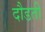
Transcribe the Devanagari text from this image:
दौडती